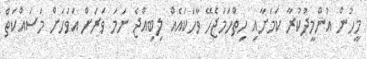
މީހުން އުންމީދުކުރާ ކަމަށާއި ހިތްހަމަޖެހޭ ވާހަކައެއް ލިބިއްޖެ ނަމަ ވަރަށް އަވަހަށް މަސައްކަތް